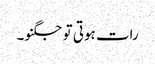
رات ہوتی تو جگنو۔